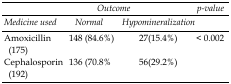
<table><thead><tr><td></td><td colspan="2"><b><i>Outcome</i></b></td><td><b><i>p-value</i></b></td></tr><tr><td><b><i>Medicine used</i></b></td><td><b><i>Normal </i></b></td><td><b><i>Hypomineralization</i></b></td><td></td></tr></thead><tbody><tr><td>Amoxicillin (175)</td><td>148 (84.6%)</td><td>27(15.4%)</td><td rowspan="2">&lt;0.002</td></tr><tr><td>Cephalosporin (192)</td><td>136 (70.8%</td><td>56(29.2%)</td></tr></tbody></table>